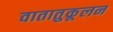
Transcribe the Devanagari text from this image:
वातातुकूलन